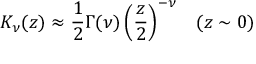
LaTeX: K _ { \nu } ( z ) \approx \frac { 1 } { 2 } \Gamma ( \nu ) \left( \frac { z } { 2 } \right) ^ { - \nu } \; \; \; ( z \sim 0 )